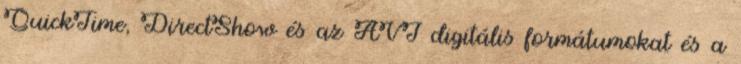
QuickTime, DirectShow és az AVI digitális formátumokat és a